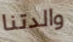
والدتنا